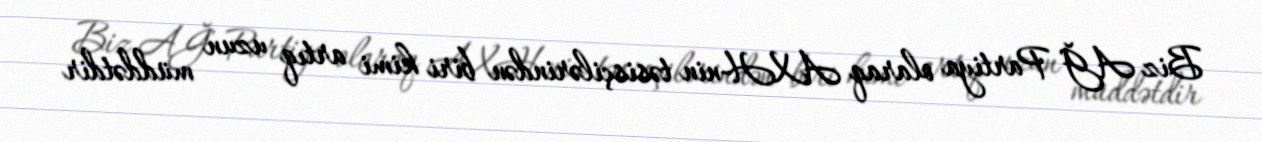
Biz AĞ Partiya olaraq AXH-nin təsisçilərindən biri kimi artıq uzun müddətdir